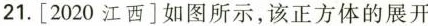
21. [2020江西]如图所示，该正方体的展开